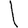
Digit: 1